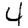
Digit: 4